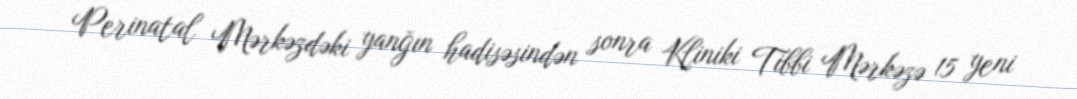
Perinatal Mərkəzdəki yanğın hadisəsindən sonra Kliniki Tibbi Mərkəzə 15 yeni